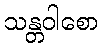
သန္တဝါစော